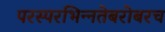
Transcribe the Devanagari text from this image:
परस्‍परभिन्‍नतेबरोबरच